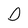
Character: D